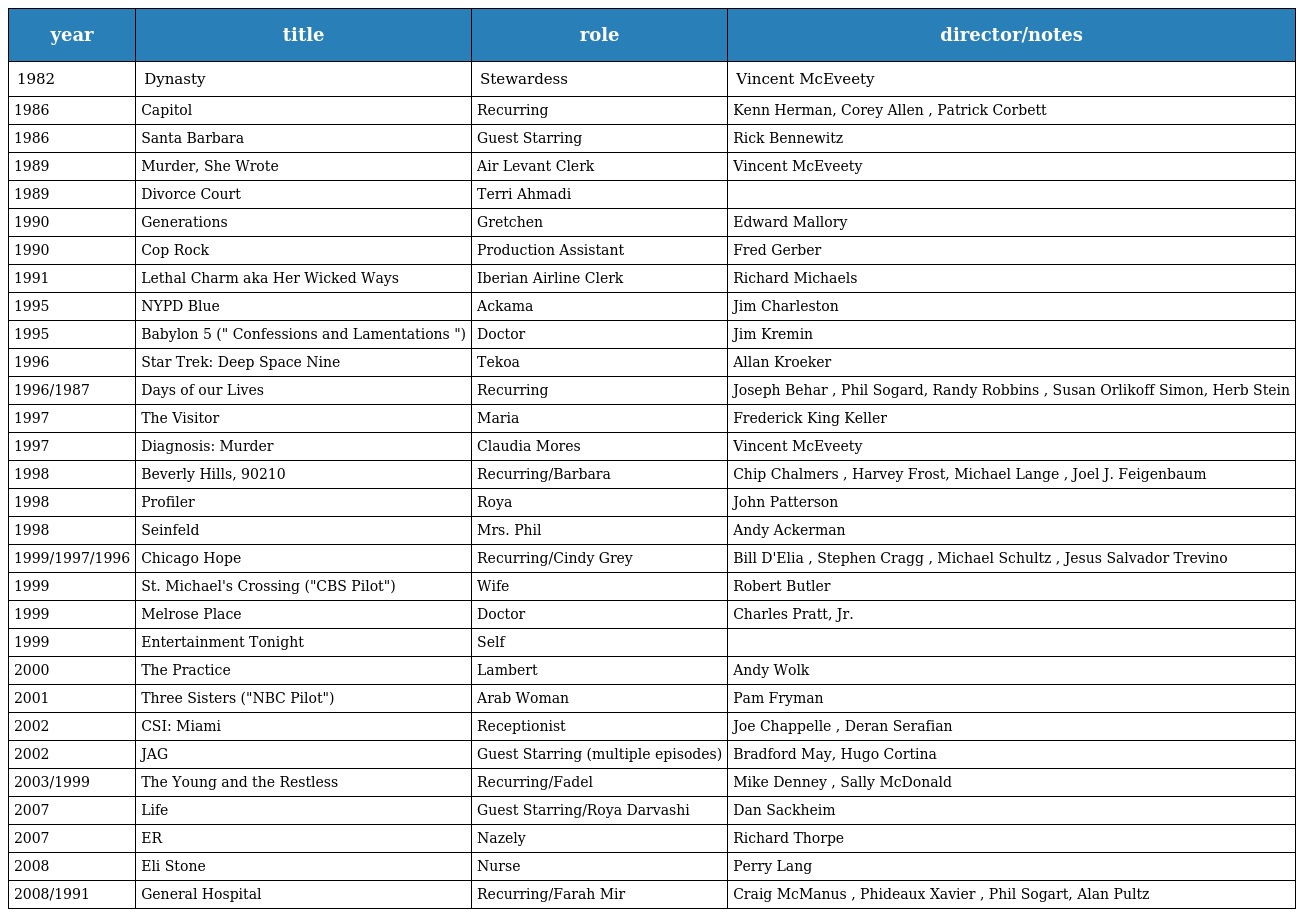
| year | title | role | director/notes |
 | --- | --- | --- | --- |
 | 1982 | Dynasty | Stewardess | Vincent McEveety |
 | 1986 | Capitol | Recurring | Kenn Herman, Corey Allen , Patrick Corbett |
 | 1986 | Santa Barbara | Guest Starring | Rick Bennewitz |
 | 1989 | Murder, She Wrote | Air Levant Clerk | Vincent McEveety |
 | 1989 | Divorce Court | Terri Ahmadi |  |
 | 1990 | Generations | Gretchen | Edward Mallory |
 | 1990 | Cop Rock | Production Assistant | Fred Gerber |
 | 1991 | Lethal Charm aka Her Wicked Ways | Iberian Airline Clerk | Richard Michaels |
 | 1995 | NYPD Blue | Ackama | Jim Charleston |
 | 1995 | Babylon 5 (" Confessions and Lamentations ") | Doctor | Jim Kremin |
 | 1996 | Star Trek: Deep Space Nine | Tekoa | Allan Kroeker |
 | 1996/1987 | Days of our Lives | Recurring | Joseph Behar , Phil Sogard, Randy Robbins , Susan Orlikoff Simon, Herb Stein |
 | 1997 | The Visitor | Maria | Frederick King Keller |
 | 1997 | Diagnosis: Murder | Claudia Mores | Vincent McEveety |
 | 1998 | Beverly Hills, 90210 | Recurring/Barbara | Chip Chalmers , Harvey Frost, Michael Lange , Joel J. Feigenbaum |
 | 1998 | Profiler | Roya | John Patterson |
 | 1998 | Seinfeld | Mrs. Phil | Andy Ackerman |
 | 1999/1997/1996 | Chicago Hope | Recurring/Cindy Grey | Bill D'Elia , Stephen Cragg , Michael Schultz , Jesus Salvador Trevino |
 | 1999 | St. Michael's Crossing ("CBS Pilot") | Wife | Robert Butler |
 | 1999 | Melrose Place | Doctor | Charles Pratt, Jr. |
 | 1999 | Entertainment Tonight | Self |  |
 | 2000 | The Practice | Lambert | Andy Wolk |
 | 2001 | Three Sisters ("NBC Pilot") | Arab Woman | Pam Fryman |
 | 2002 | CSI: Miami | Receptionist | Joe Chappelle , Deran Serafian |
 | 2002 | JAG | Guest Starring (multiple episodes) | Bradford May, Hugo Cortina |
 | 2003/1999 | The Young and the Restless | Recurring/Fadel | Mike Denney , Sally McDonald |
 | 2007 | Life | Guest Starring/Roya Darvashi | Dan Sackheim |
 | 2007 | ER | Nazely | Richard Thorpe |
 | 2008 | Eli Stone | Nurse | Perry Lang |
 | 2008/1991 | General Hospital | Recurring/Farah Mir | Craig McManus , Phideaux Xavier , Phil Sogart, Alan Pultz |